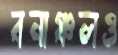
বনাঞ্চলও